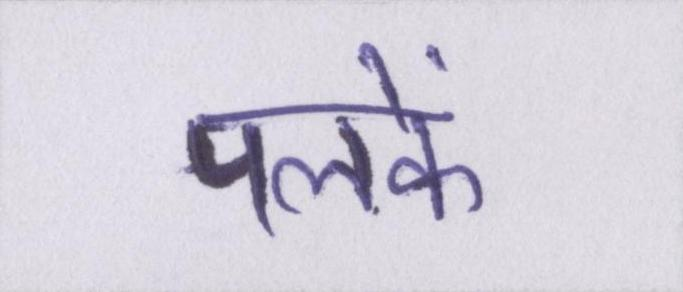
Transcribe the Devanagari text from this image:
पलकें